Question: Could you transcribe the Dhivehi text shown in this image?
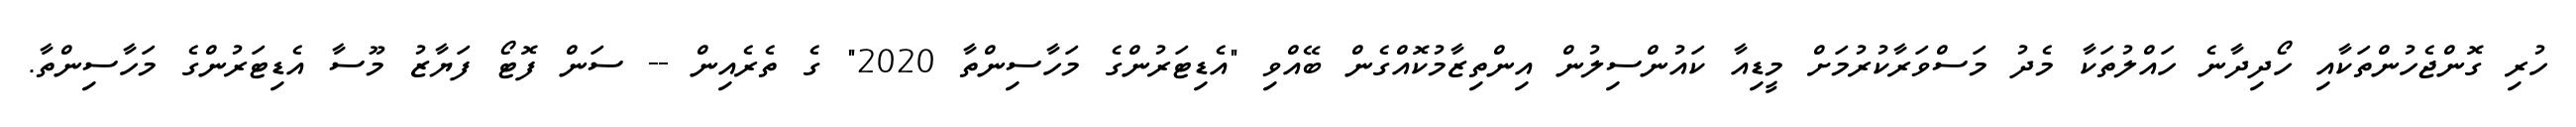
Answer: ހުރި ގޮންޖެހުންތަކާއި ހޯދިދާނެ ހައްލުތަކާ މެދު މަސްވަރާކުރުމަށް މީޑިއާ ކައުންސިލުން އިންތިޒާމުކޮއްގެން ބޭއްވި "އެޑިޓަރުންގެ މަހާސިންތާ 2020" ގެ ތެރެއިން -- ސަން ފޮޓޯ ފަޔާޒު މޫސާ އެޑިޓަރުންގެ މަހާސިންތާ.